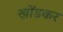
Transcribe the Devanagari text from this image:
खोंडकर